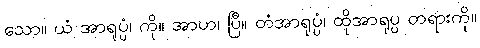
သော။ ယံ အာရုပ္ပံ၊ ကို။ အာဟ၊ ပြီ။ တံအာရုပ္ပံ၊ ထိုအာရုပ္ပ တရားကို။